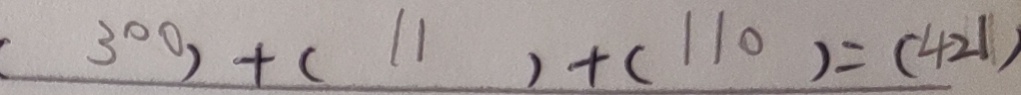
( 3 0 0 ) + ( 1 1 ) + ( 1 1 0 ) = ( 4 2 1 )